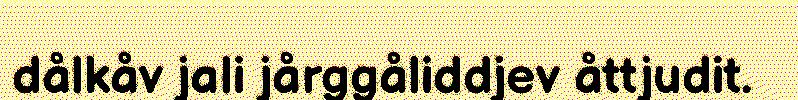
dålkåv jali jårggåliddjev åttjudit.